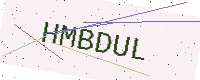
Text: HMBDUL